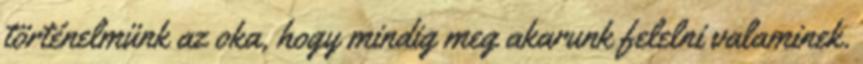
történelmünk az oka, hogy mindig meg akarunk felelni valaminek.